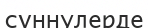
сүннулерде